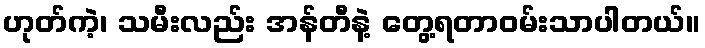
ဟုတ်ကဲ့၊ သမီးလည်း အန်တီနဲ့ တွေ့ရတာဝမ်းသာပါတယ်။